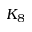
K _ { 8 }